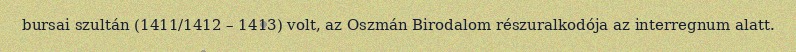
bursai szultán (1411/1412 – 1413) volt, az Oszmán Birodalom részuralkodója az interregnum alatt.